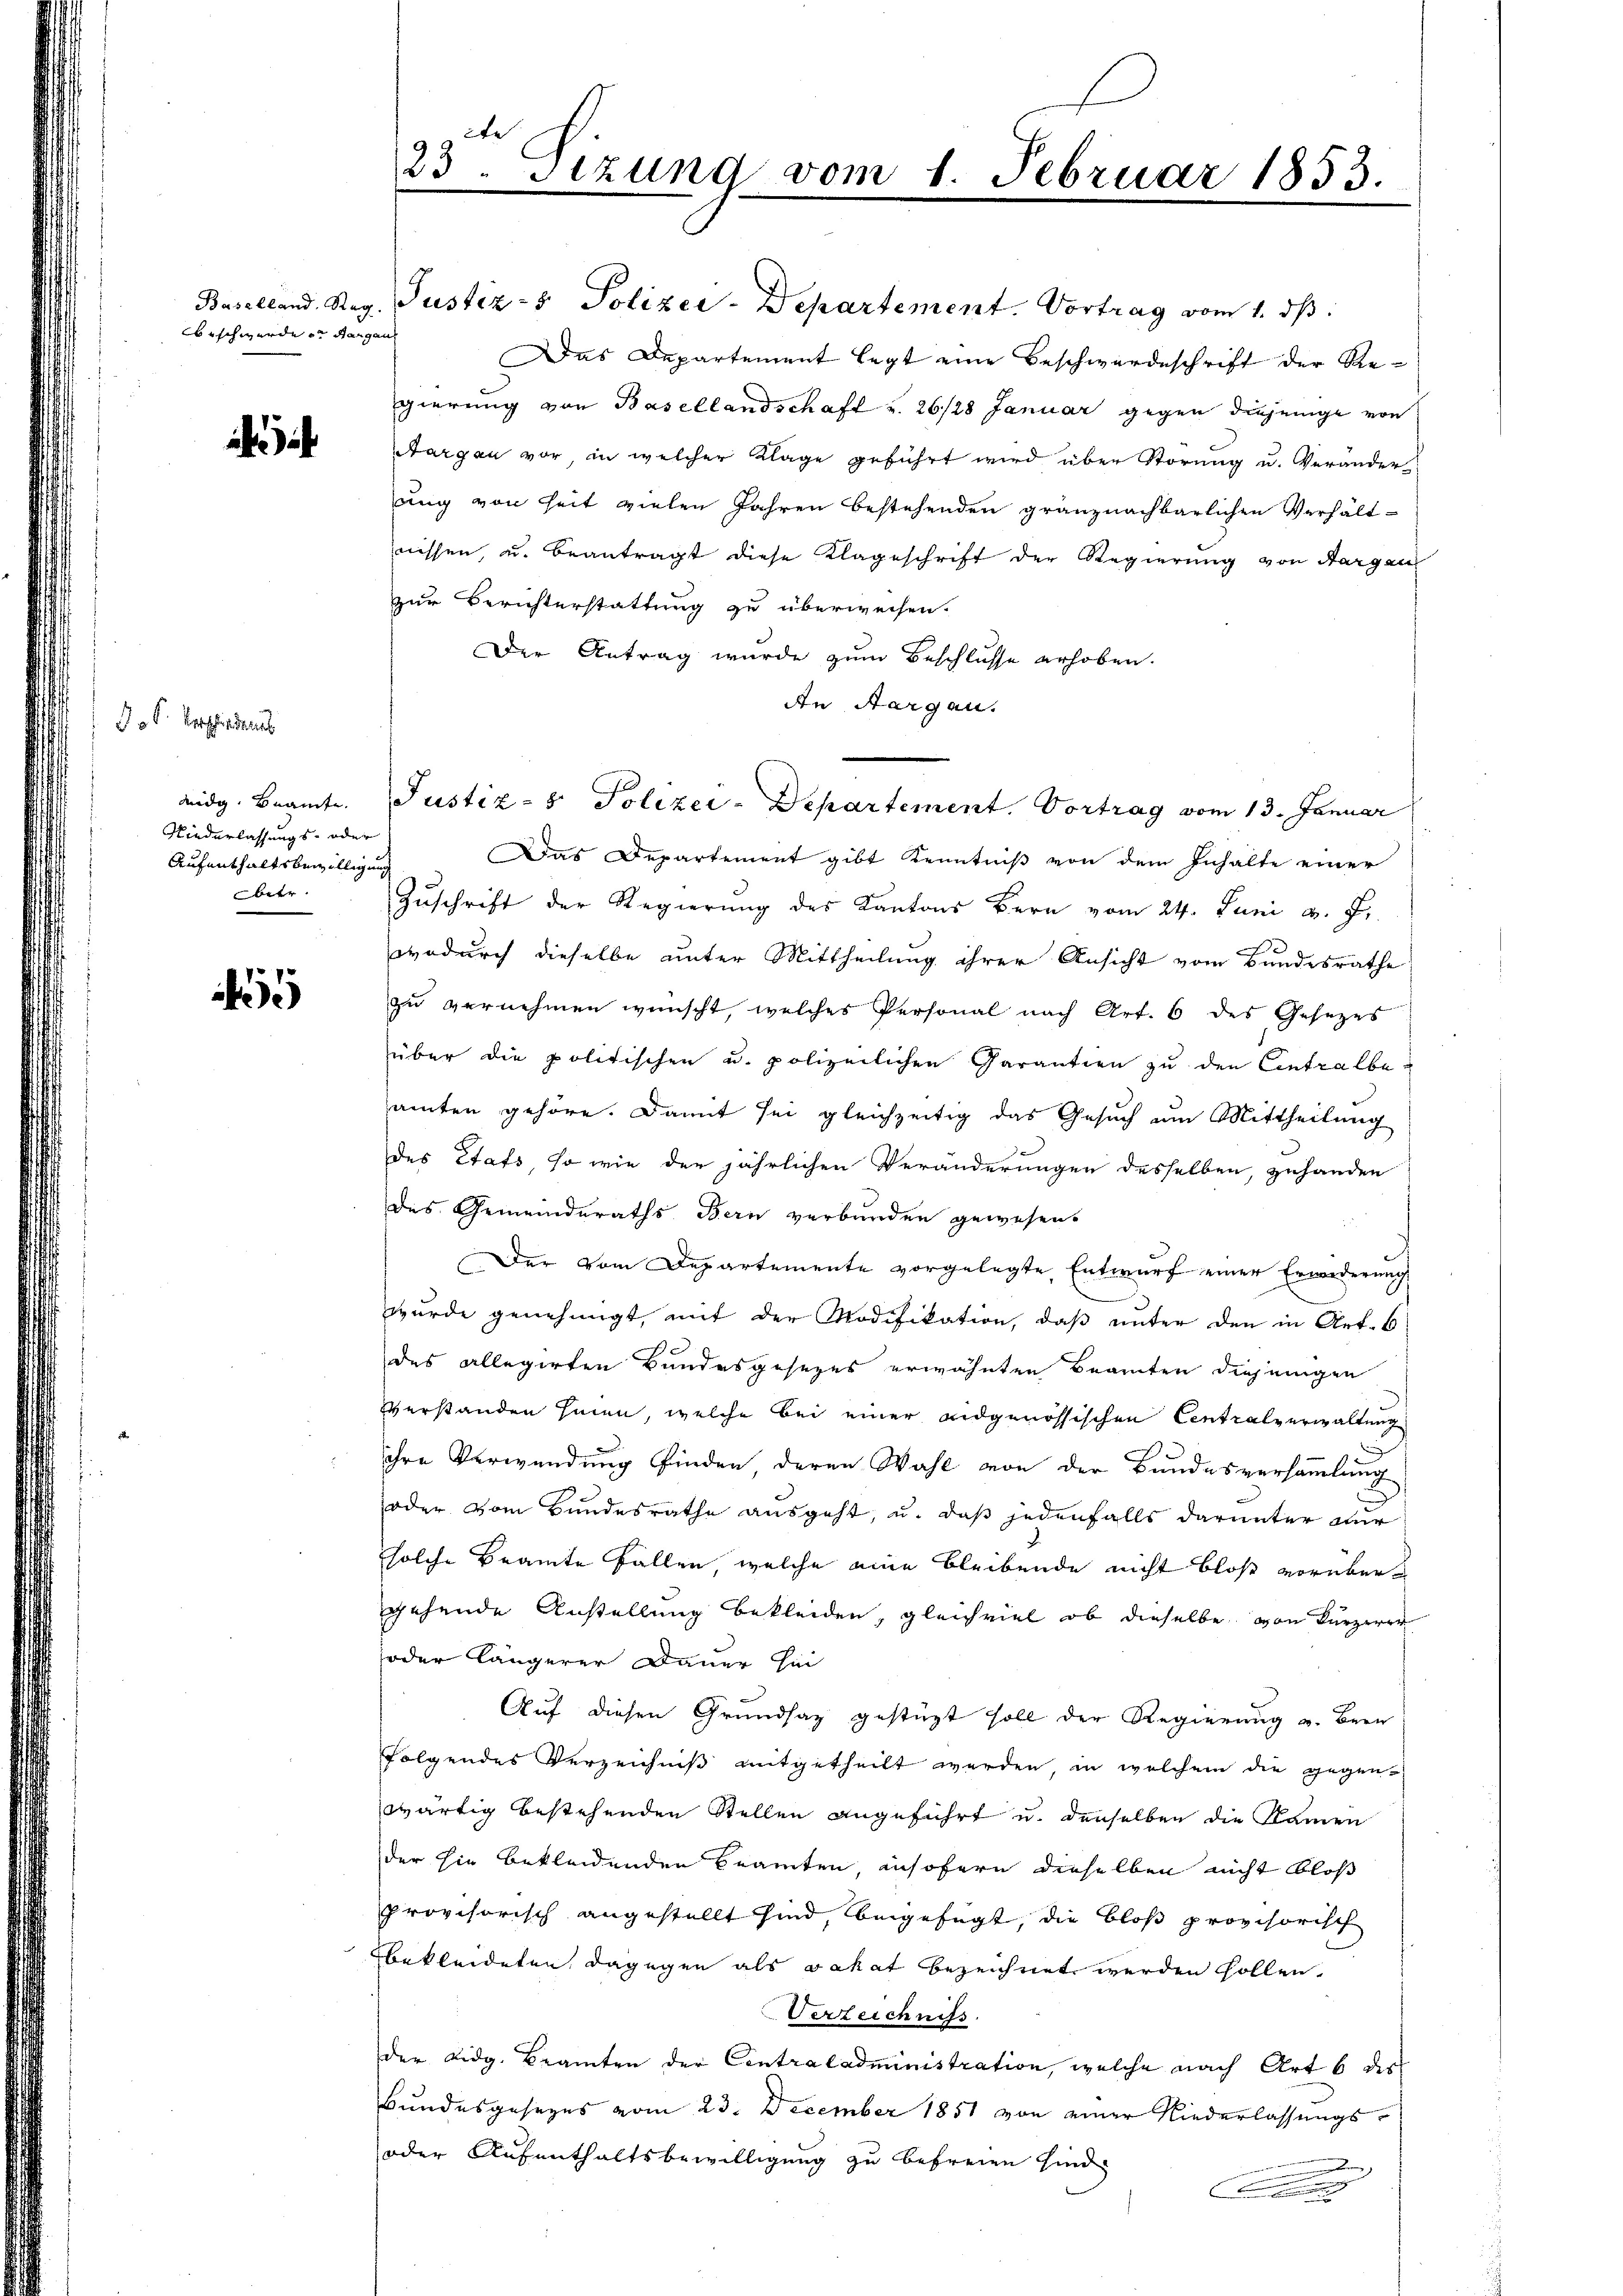
beschwerden Rangen

¬

J. Verschiedenes
Niederlassungs- oder
Aufenthaltsbewilligung
betr.

5

Baselland. Reg. Justiz- & Polizei-Departement. Vortrag vom 1. ds.
Das Departement legt eine Beschwerdeschrift der Regierung von Basellandschaft u. 26/28 Januar gegen diejenige von
Aargau vor, in welcher Klage geführt wird über Störung u. Veränder
ung von Zeit vielen Jahren bestehenden gränznachbarlichen Verhält-
wissen, u. beantragt diese Klageschrift der Regierung von Aargau
zur Berichterstattung zu überweisen.
Der Antrag wurde zum Beschlusse erhoben.
An Aargau.
Das Departement gibt Kenntniß von dem Inhalte einer
Zuschrift der Regierung des Kantons Bern vom 24. Juni v. J.
wodurch dieselbe unter Mittheilung ihrer Ansicht vom Bundesrathe
zŭ vernehmen wünscht, welches Personal nach Art. 6 des Gesezes
über die politischen u. polizeilichen Garantien zu den Centralbeamten gehöre. Damit sei gleichzeitig das Gesuch um Mittheilung
des Stafs, so wie der jährlichen Veränderungen desselben, zuhanden
des Gemeinderaths Bern verbunden gewesen.
Der vom Departemente vorgelegte Entwurf einer Erwederung
wurde genehmigt, mit der Modifikation, daß unter den in Art. 6
des allegirten Bundesgesezes erwähnten Beamten diejenigen
verstanden hinen, welche bei einer eidgenössischen Centralverwaltung
ihre Verwendung finden, deren Wahl von der Bundesversammlung
oder vom Bundesrathe ausgeht, u. daß jedenfalls darunter aur
solche Beamte Fällen, welche eine bleibende nicht bloß vorüber
gehende Anstellung bekleiden, gleichviel ob dieselbe von Kürzerer
oder längerer Dauer Hei
Auf diesen Grundsaz gestüzt soll der Regierung u. Bern
folgendes Verzeichniß mitgetheilt werden, in welchem die gegenwärtig bestehenden Stellen angeführt u. denselben die Namen
der hie bekleidenden Beamten, insofern dieselben nicht bloß
provisorisch angestellt sind, beigefügt, die bloß provisorisch
bekleideten dagegen als Jakat bezeichnet werden sollen.
Verzeichniss
der Eidg. Beamten der Centraladministration, welche nach Art 6 des
Bundesgesezes vom 23. December 1851 von einer Niederlassungs¬
oder Aufenthaltsbewilligung zu befreien sind,
.

23. Sizung vom 1. Februar 1853.

adg. Beamte Justiz- & Polizei-Departement. Vortrag vom 13. Januar